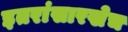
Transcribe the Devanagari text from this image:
इतरांसारखेच